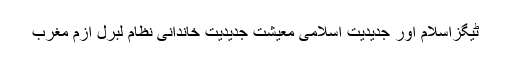
ٹیگزاسلام اور جدیدیت اسلامی معیشت جدیدیت خاندانی نظام لبرل ازم مغرب